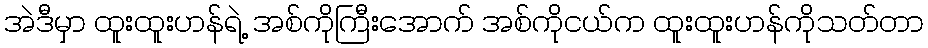
အဲဒီမှာ ထူးထူးဟန်ရဲ့ အစ်ကိုကြီးအောက် အစ်ကိုငယ်က ထူးထူးဟန်ကိုသတ်တာ